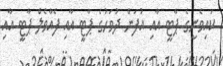
ކައިވެނީގެ ޕާޓީ އާއި އުފަން ދުވަހުގެ ޕާޓީ އާއި ފެއާވެލް ޕާޓީ އާއި